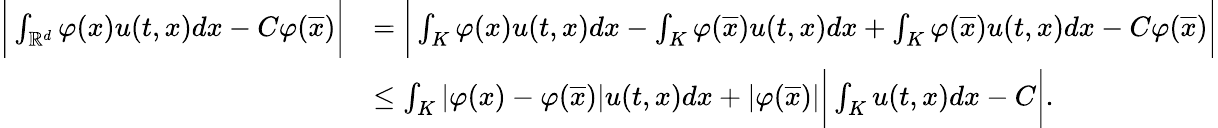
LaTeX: \begin{array}{rl}{\bigg\lvert\int_{\mathbb{R}^{d}}{\varphi(x)u(t,x)dx}-C\varphi(\overline{x})\bigg\rvert}&{=\bigg\lvert\int_{K}{\varphi(x)u(t,x)dx}-\int_{K}{\varphi(\overline{x})u(t,x)dx}+\int_{K}{\varphi(\overline{x})u(t,x)dx}-C\varphi(\overline{x})\bigg\rvert}\\ &{\leq\int_{K}{\lvert\varphi(x)-\varphi(\overline{x})\rvert u(t,x)dx}+\lvert\varphi(\overline{x})\rvert\bigg\lvert\int_{K}{u(t,x)dx}-C\bigg\rvert.}\end{array}